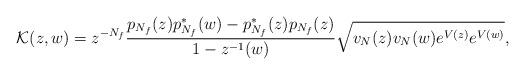
LaTeX: \begin{align*}\mathcal{K}(z,w)=z^{-N_f}\frac{p_{N_f}(z)p^{*}_{N_f}(w)-p^{*}_{N_f}(z)p_{N_f}(z)}{1-z^{-1}(w)}\sqrt{v_N(z)v_N(w)e^{V(z)}e^{V(w)}},\end{align*}